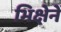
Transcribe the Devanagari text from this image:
भिक्षेनें